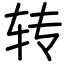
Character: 转